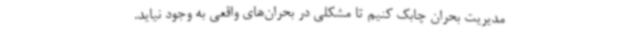
مدیریت بحران چابک کنیم تا مشکلی در بحران‌های واقعی به وجود نیاید.